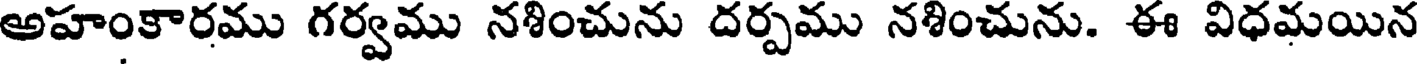
అహంకారము గర్వము నశించును దర్పము నశించును. ఈ విధమయిన